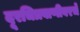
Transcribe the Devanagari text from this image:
दूरचित्रवाणीवरचे